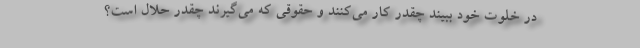
در خلوت خود ببیند چقدر کار می‌کنند و حقوقی که می‌گیرند چقدر حلال است؟